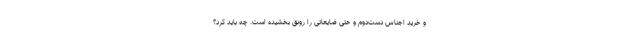
و خرید اجناس دست‌دوم و حتی ضایعاتی را رونق بخشیده‌ است. چه باید کرد؟